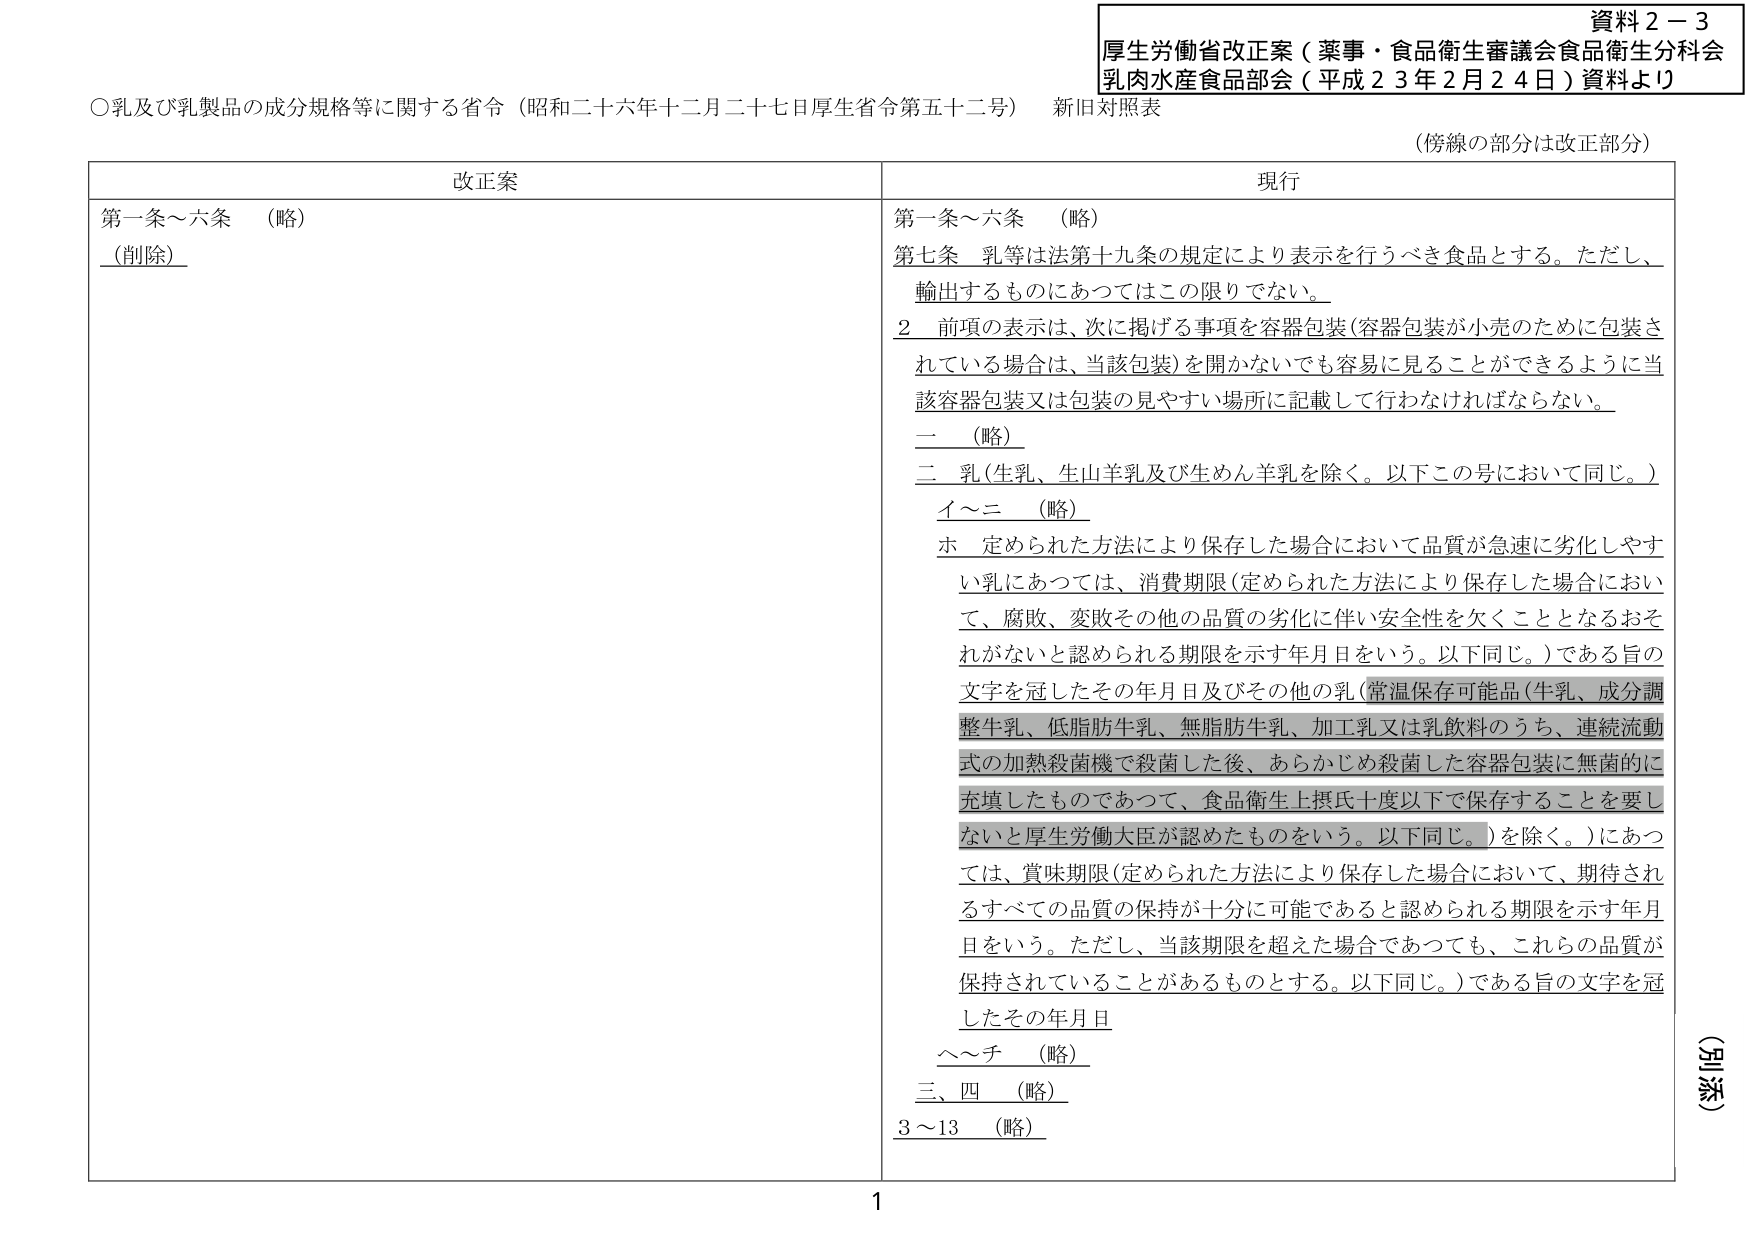
資料２－３
厚生労働省改正案（薬事・食品衛生審議会食品衛生分科会
乳肉水産食品部会（平成２３年２月２４日）資料より

○乳及び乳製品の成分規格等に関する省令（昭和二十六年十二月二十七日厚生省令第五十二号） 新旧対照表
（傍線の部分は改正部分）

改正案
第一条～六条 （略）
（削除）

現行
第一条～六条 （略）
第七条 乳等は法第十九条の規定により表示を行うべき食品とする。ただし、
輸出するものにあってはこの限りでない。
２ 前項の表示は、次に掲げる事項を容器包装（容器包装が小売のために包装さ
れている場合は、当該包装）を開かないでも容易に見ることができるように当
該容器包装又は包装の見やすい場所に記載して行わなければならない。
一 （略）
二 乳（生乳、生山羊乳及び生めん羊乳を除く。以下この号において同じ。）
イ～ニ （略）
ホ 定められた方法により保存した場合において品質が急速に劣化しやす
い乳にあつては、消費期限（定められた方法により保存した場合におい
て、腐敗、変敗その他の品質の劣化に伴い安全性を欠くこととなるおそれ
がないと認められる期限を示す年月日をいう。以下同じ。）である旨の
文字を冠したその年月日及びその他の乳（常温保存可能品（牛乳、成分調
整牛乳、低脂肪牛乳、無脂肪牛乳、加工乳又は乳飲料のうち、連続流動
式の加熱殺菌機で殺菌した後、あらかじめ殺菌した容器包装に無菌的に
充填したものであつて、食品衛生上摂氏十度以下で保存することを要し
ないと厚生労働大臣が認めたものをいう。以下同じ。）を除く。）にあつ
ては、賞味期限（定められた方法により保存した場合において、期待され
るすべての品質の保持が十分に可能であると認められる期限を示す年月
日をいう。ただし、当該期限を超えた場合であつても、これらの品質が
保持されていることがあるものとする。以下同じ。）である旨の文字を冠
したその年月日
ヘ～チ （略）
三、四 （略）
３～13 （略）

（別添）
1